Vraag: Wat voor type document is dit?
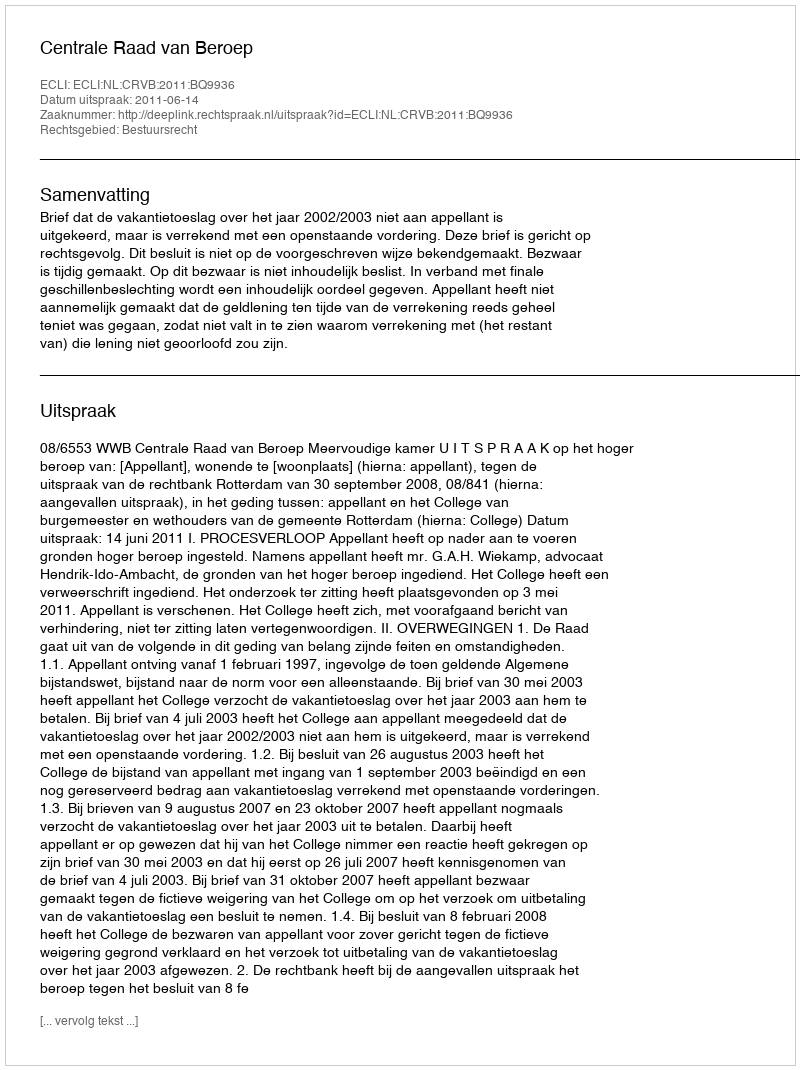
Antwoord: Uitspraak